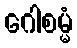
ဂေါစမ္မံ